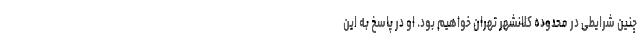
چنین شرایطی در محدوده کلانشهر تهران خواهیم بود. او در پاسخ به این